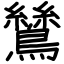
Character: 鷥